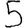
Digit: 5